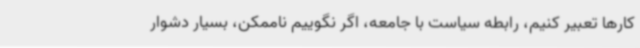
کارها تعبیر کنیم، رابطه سیاست با جامعه، اگر نگوییم ناممکن، بسیار دشوار